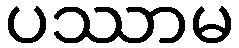
ပဿာမ